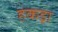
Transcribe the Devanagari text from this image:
हकड़ा